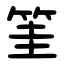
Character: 筀